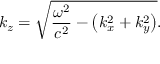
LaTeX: k _ { z } = { \sqrt { { \frac { \omega ^ { 2 } } { c ^ { 2 } } } - \left( k _ { x } ^ { 2 } + k _ { y } ^ { 2 } \right) } } .